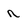
Character: n